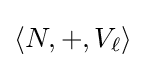
\langle N,+,V_{\ell }\rangle